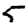
Digit: 5